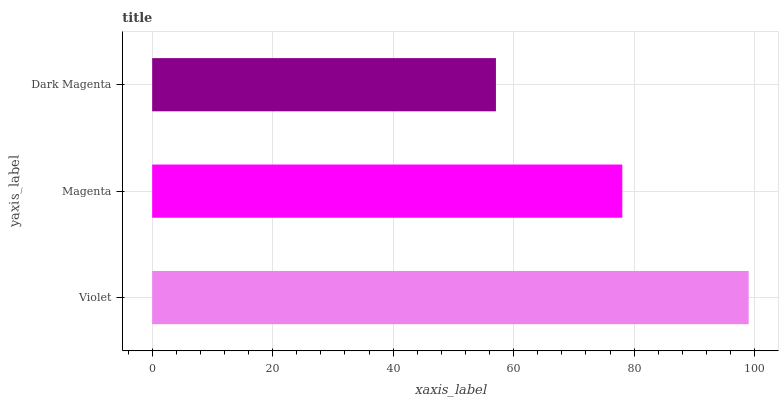
| yaxis_label | bars |
 | --- | --- |
 | Violet | 99 |
 | Magenta | 78 |
 | Dark Magenta | 57.1 |